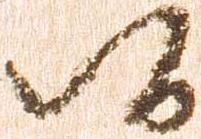
候